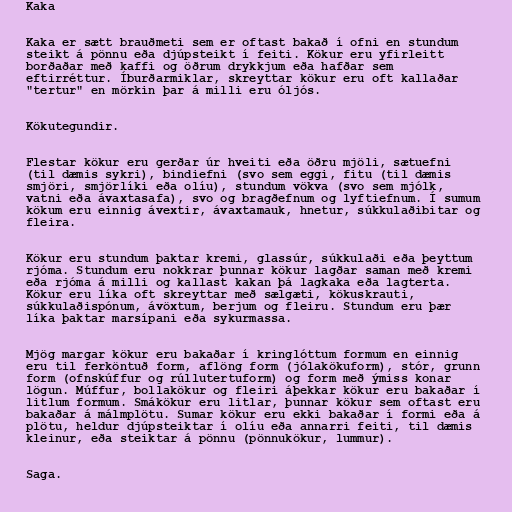
Kaka

Kaka er sætt brauðmeti sem er oftast bakað í ofni en stundum
steikt á pönnu eða djúpsteikt í feiti. Kökur eru yfirleitt
borðaðar með kaffi og öðrum drykkjum eða hafðar sem
eftirréttur. Íburðarmiklar, skreyttar kökur eru oft kallaðar
"tertur" en mörkin þar á milli eru óljós.

Kökutegundir.

Flestar kökur eru gerðar úr hveiti eða öðru mjöli, sætuefni
(til dæmis sykri), bindiefni (svo sem eggi, fitu (til dæmis
smjöri, smjörlíki eða olíu), stundum vökva (svo sem mjólk,
vatni eða ávaxtasafa), svo og bragðefnum og lyftiefnum. Í sumum
kökum eru einnig ávextir, ávaxtamauk, hnetur, súkkulaðibitar og
fleira.

Kökur eru stundum þaktar kremi, glassúr, súkkulaði eða þeyttum
rjóma. Stundum eru nokkrar þunnar kökur lagðar saman með kremi
eða rjóma á milli og kallast kakan þá lagkaka eða lagterta.
Kökur eru líka oft skreyttar með sælgæti, kökuskrauti,
súkkulaðispónum, ávöxtum, berjum og fleiru. Stundum eru þær
líka þaktar marsípani eða sykurmassa.

Mjög margar kökur eru bakaðar í kringlóttum formum en einnig
eru til ferköntuð form, aflöng form (jólakökuform), stór, grunn
form (ofnskúffur og rúllutertuform) og form með ýmiss konar
lögun. Múffur, bollakökur og fleiri áþekkar kökur eru bakaðar í
litlum formum. Smákökur eru litlar, þunnar kökur sem oftast eru
bakaðar á málmplötu. Sumar kökur eru ekki bakaðar í formi eða á
plötu, heldur djúpsteiktar í olíu eða annarri feiti, til dæmis
kleinur, eða steiktar á pönnu (pönnukökur, lummur).

Saga.